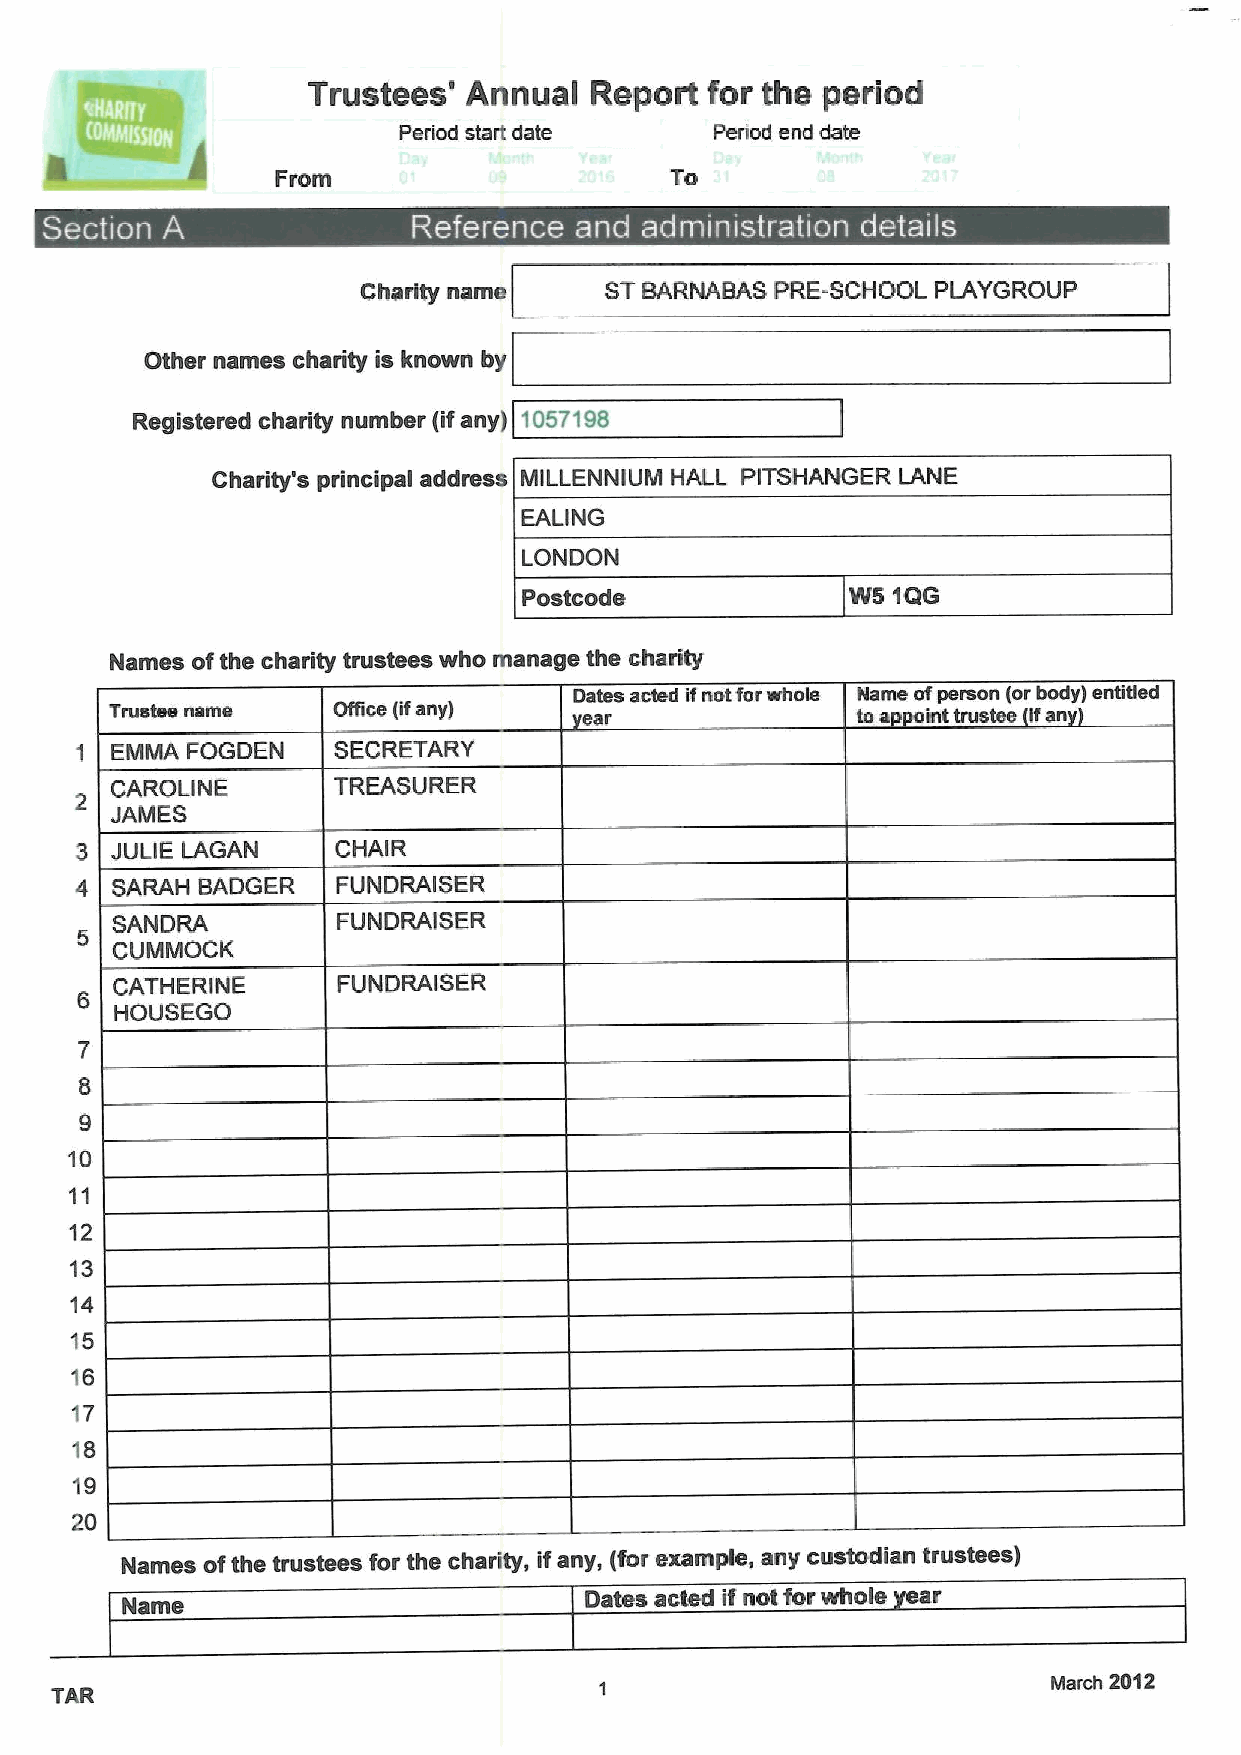
Trustees'  Annual  Report  for the period
 Period start date    Period end date
 From                      To
 Charity name    STBARNABAS PRE-SCHOOL PLAYGROUP
 Other names charity is known by
 Registered charity number {ifany) 1057198
 Charity's principal address MILLENNIUM HALL PITSHANGER LANE
 EALING
 LONDON
 Postcode             W5 1QG
 Names ofthe charity trustees who manage the charity
 Dates acted lfnot for whole Name ofperson lor body) entitled
 Trustee name   Oface (ifany)    ear               toa int trustee ifan
 1 EMMA FOGDEN    SECRETARY
 CAROLINE       TREASURER
 JAMES
 3 JULIE LAGAN    CHAIR
 4 SARAH BADGER   FUNDRAISER
 SANDRA         FUNDRAISER
 CUMMOCK
 CATHERINE      FUNDRAISER
 HOUSEGO
 7
 8
 9
 10
 11
 12
 13
 14
 'i5
 16
 17
 18
 19
 20
 Names ofthe trustees for the charity, ifany, {forexample, any custodian trustees)
 Dates acted if nol for whole ear
 Name
 March 2012
 TAR